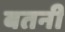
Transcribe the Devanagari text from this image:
बतनी